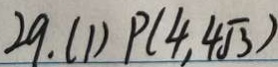
2 9 . ( 1 ) P ( 4 , 4 \sqrt { 3 } )